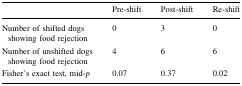
<table><thead><tr><td></td><td><b>Pre-shift</b></td><td><b>Post-shift</b></td><td><b>Re-shift</b></td></tr></thead><tbody><tr><td>Number of shifted dogs showing food rejection</td><td>0</td><td>3</td><td>0</td></tr><tr><td>Number of unshifted dogs showing food rejection</td><td>4</td><td>6</td><td>6</td></tr><tr><td>Fisher’s exact test, mid-<i>p</i></td><td>0.07</td><td>0.37</td><td>0.02</td></tr></tbody></table>